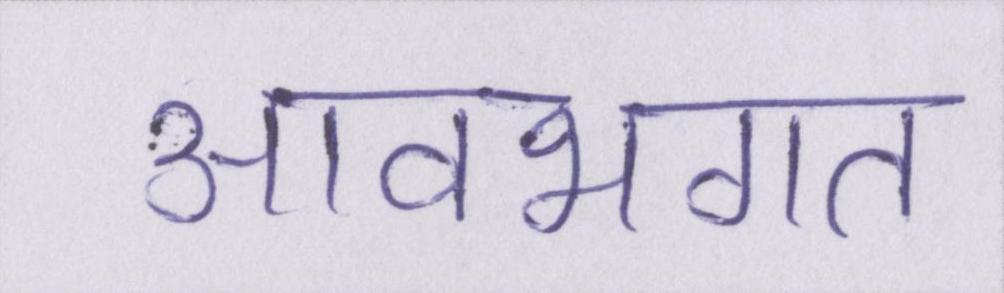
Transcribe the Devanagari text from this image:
आवभगत